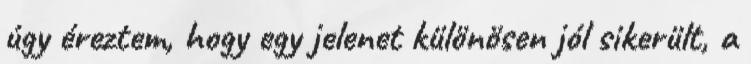
úgy éreztem, hogy egy jelenet különösen jól sikerült, a